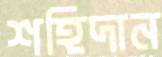
শহিদান